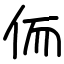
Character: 侕